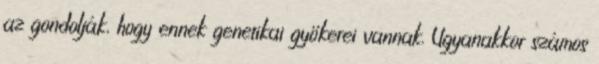
az gondolják, hogy ennek genetikai gyökerei vannak. Ugyanakkor számos